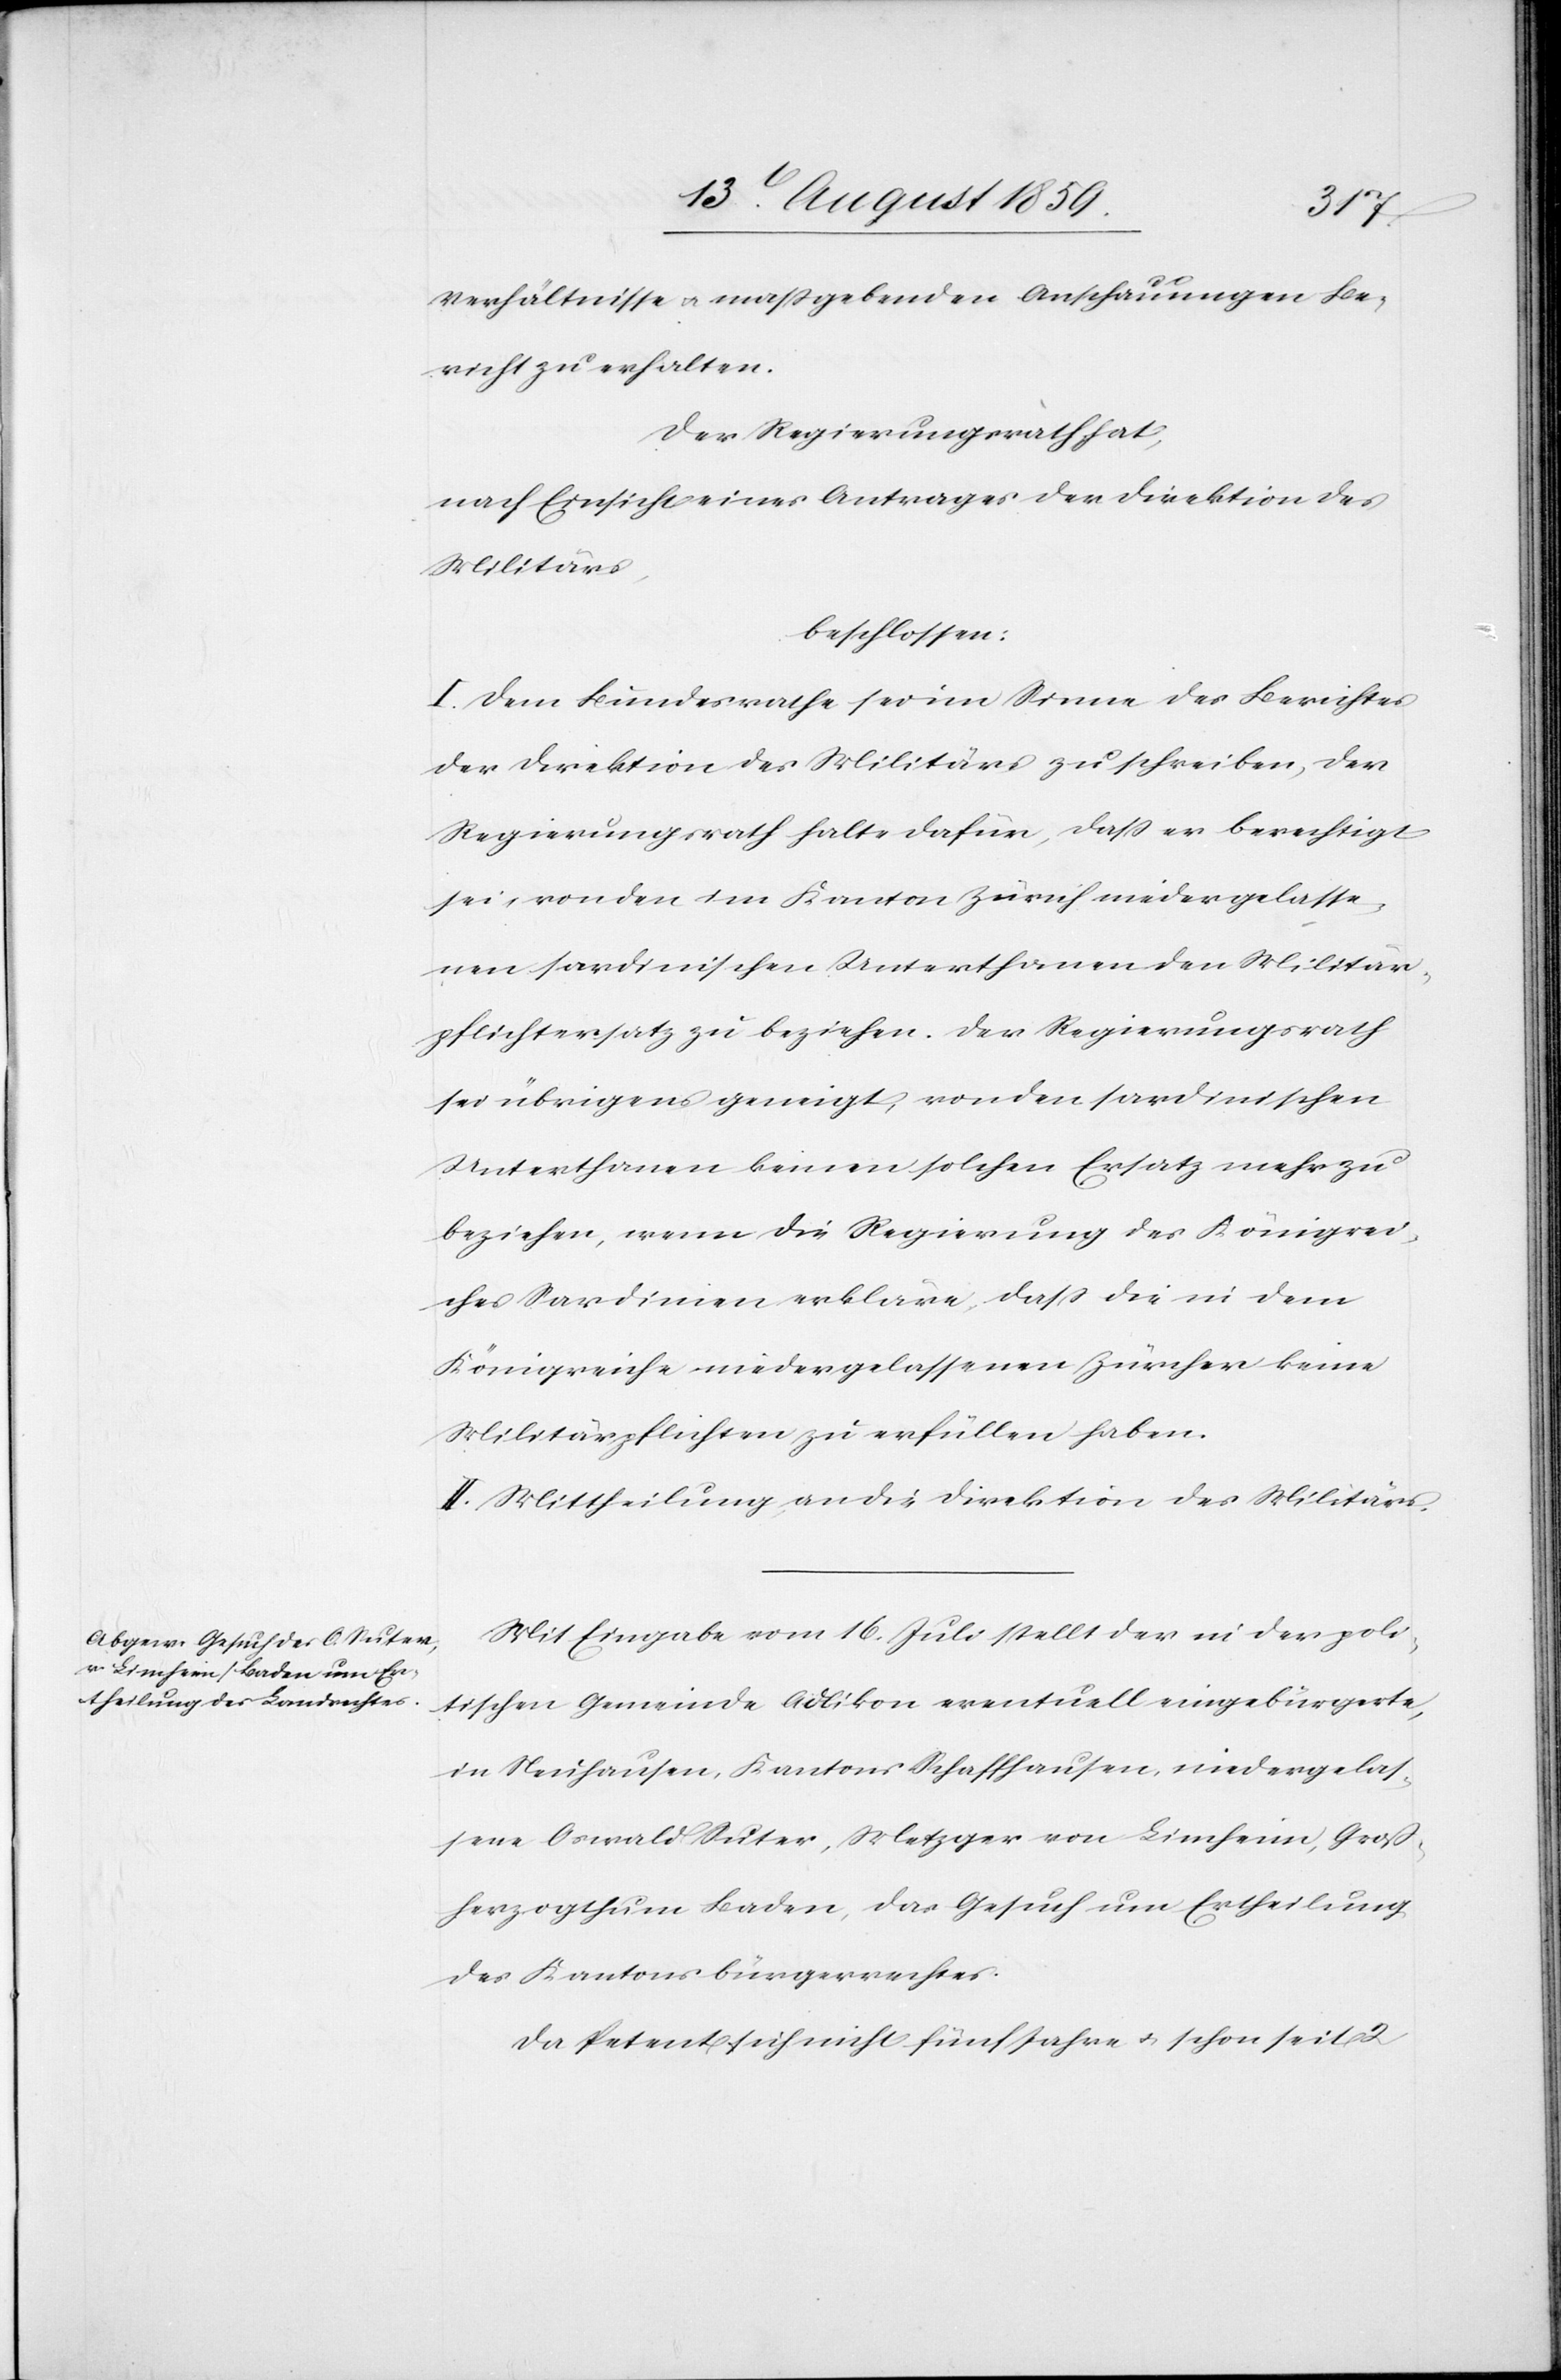
Verhältnisse u. maßgebenden Anschauungen Be¬
richt zu erhalten.
Der Regierungsrath hat,
nach Einsicht eines Antrages der Direktion des
Militärs,
beschlossen:
I. Dem Bundesrathe sei im Sinne des Berichtes
der Direktion des Militärs zu schreiben, der
Regierungsrath halte dafür, daß er berechtigt
sei, von den im Kanton Zürich niedergelasse¬
nen sardinischen Unterthanen den Militär¬
pflichtersatz zu beziehen. Der Regierungsrath
sei übrigens geneigt, von den sardinischen
Unterthanen keinen solchen Ersatz mehr zu
beziehen, wenn die Regierung des Königrei¬
ches Sardinien erkläre, daß die in dem
Königreiche niedergelassenen Zürcher keine
Militärpflichten zu erfüllen haben.
II. Mittheilung an die Direktion des Militärs.
Mit Eingabe vom 16. Juli stellt der in der poli¬
tischen Gemeinde Adlikon eventuell eingebürgerte,
in Neuhausen, Kantons Schaffhausen, niedergelas¬
sene Oswald Suter, Metzger von Limheim, Groß¬
herzogthum Baden, das Gesuch um Ertheilung
des Kantonsbürgerrechts.
Da Petent sich nicht fünf Jahre u. schon seit 2